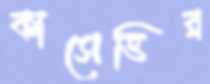
কাসেত্তির